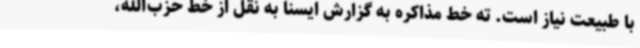
با طبیعت نیاز است. ته خط مذاکره به گزارش ایسنا به نقل از خط حزب‌الله،